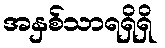
အနှစ်သာရရှိရှိ